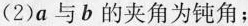
(2)a与b的夹角为钝角；